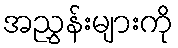
အညွှန်းများကို